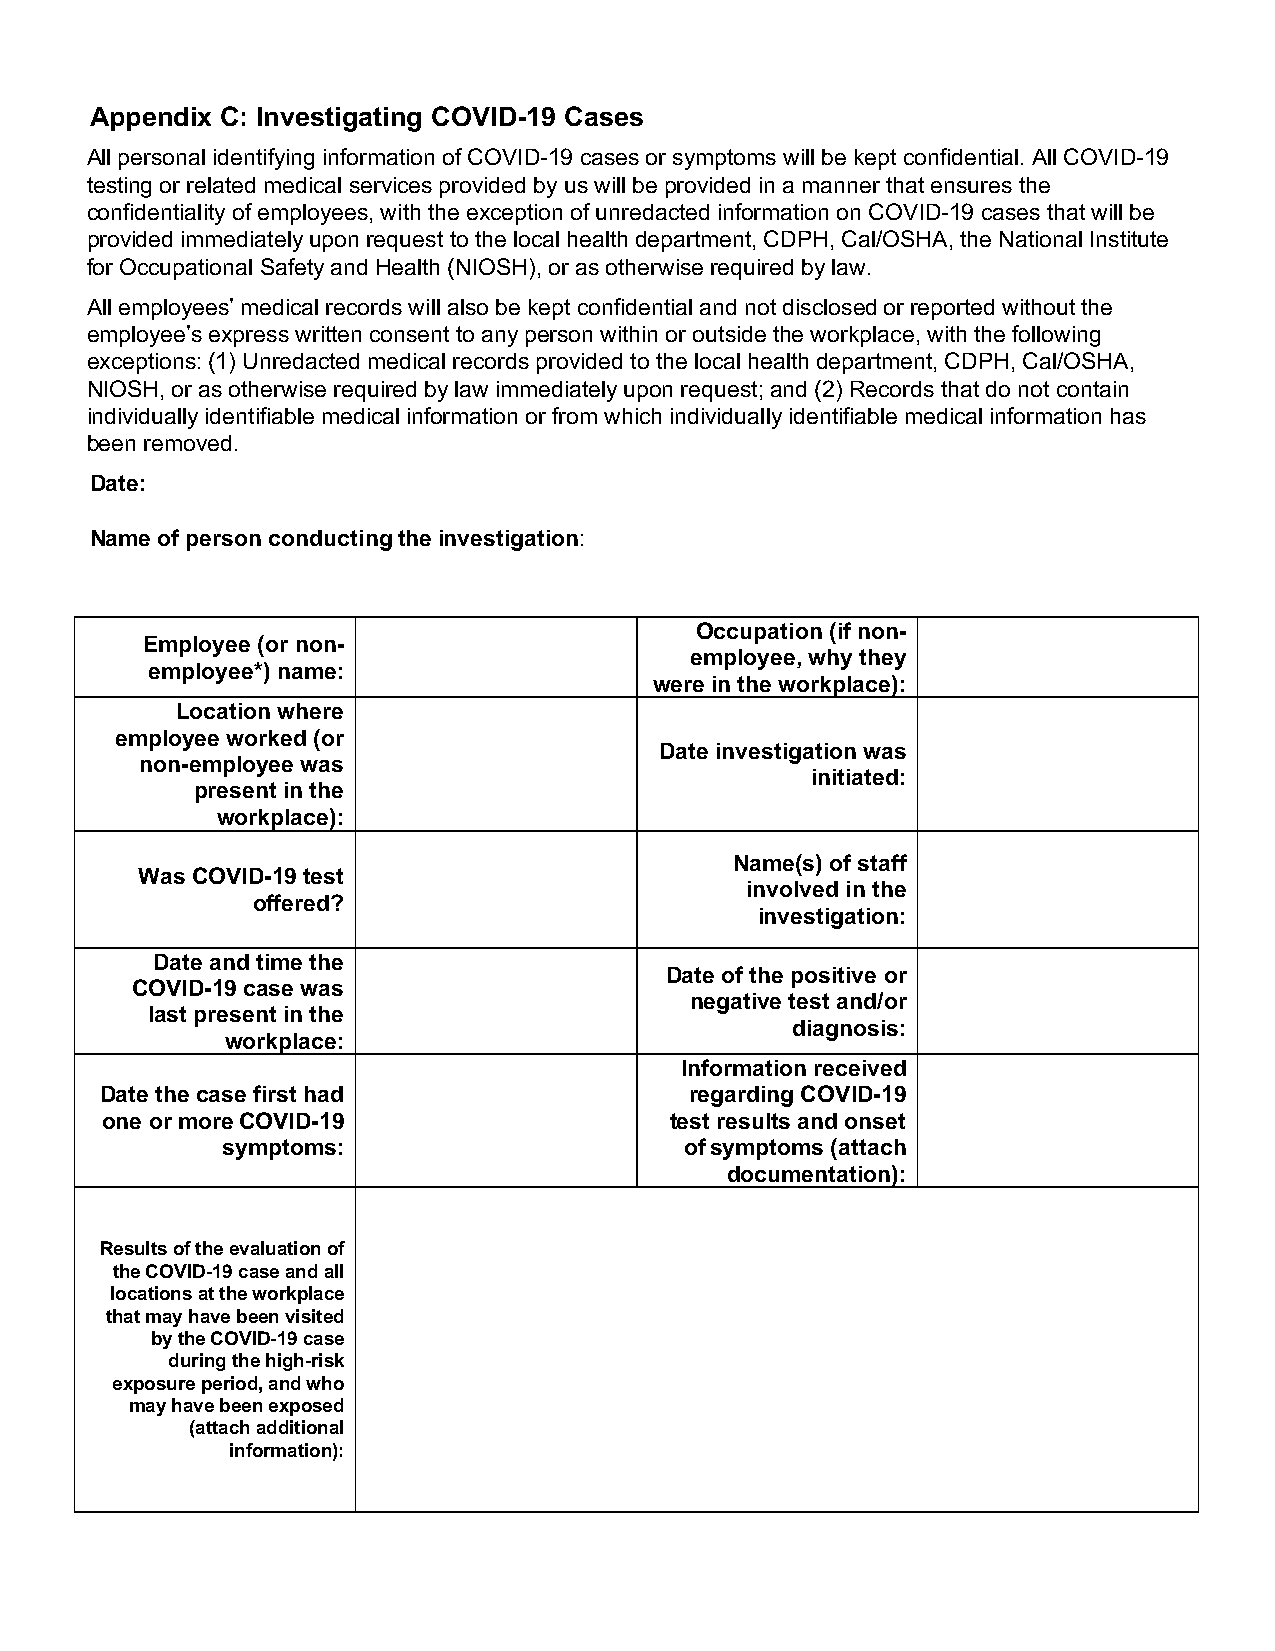
Appendix C: Investigating COVID-19 Cases
 All personal identifying information of COVID-19 cases or symptoms will be kept confidential. All COVID-19
 testing or related medical services provided by us will be provided in a manner that ensures the
 confidentiality of employees, with the exception of unredacted information on COVID-19 cases that will be
 provided immediately upon request to the local health department, CDPH, Cal/OSHA, the National Institute
 for Occupational Safety and Health (NIOSH), or as otherwise required by law.
 All employees’ medical records will also be kept confidential and not disclosed or reported without the
 employee’s express written consent to any person within or outside the workplace, with the following
 exceptions: (1) Unredacted medical records provided to the local health department, CDPH, Cal/OSHA,
 NIOSH, or as otherwise required by law immediately upon request; and (2) Records that do not contain
 individually identifiable medical information or from which individually identifiable medical information has
 been removed.
 Date:
 Name of person conducting the investigation:
 COVID-19 Case Investigation Information
 Occupation (if non-
 Employee (or non-
 employee, why they
 employee*) name:
 were in the workplace):
 Location where
 employee worked (or
 Date investigation was
 non-employee was
 initiated:
 present in the
 workplace):
 Name(s) of staff
 Was COVID-19 test
 involved in the
 offered?
 investigation:
 Date and time the
 Date of the positive or
 COVID-19 case was
 negative test and/or
 last present in the
 diagnosis:
 workplace:
 Information received
 Date the case first had                regarding COVID-19
 one or more COVID-19                 test results and onset
 symptoms:                     of symptoms (attach
 documentation):
 Results of the evaluation of
 the COVID-19 case and all
 locations at the workplace
 that may have been visited
 by the COVID-19 case
 during the high-risk
 exposure period, and who
 may have been exposed
 (attach additional
 information):